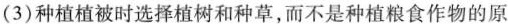
(3)种植植被时选择植树和种草，而不是种植粮食作物的原